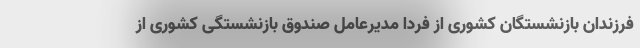
فرزندان بازنشستگان کشوری از فردا مدیرعامل صندوق بازنشستگی کشوری از